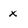
Character: x